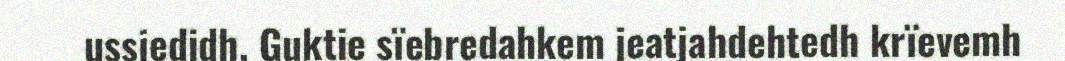
ussjedidh. Guktie sïebredahkem jeatjahdehtedh krïevemh